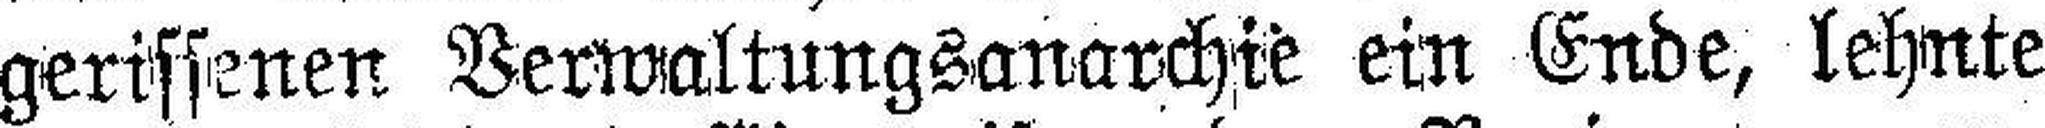
gerissenen Verwaltungsanarchie ein Ende, lehnte